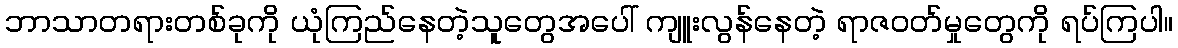
ဘာသာတရားတစ်ခုကို ယုံကြည်နေတဲ့သူတွေအပေါ် ကျူးလွန်နေတဲ့ ရာဇဝတ်မှုတွေကို ရပ်ကြပါ။